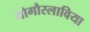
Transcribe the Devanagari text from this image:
योगौस्लाविया